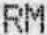
RM